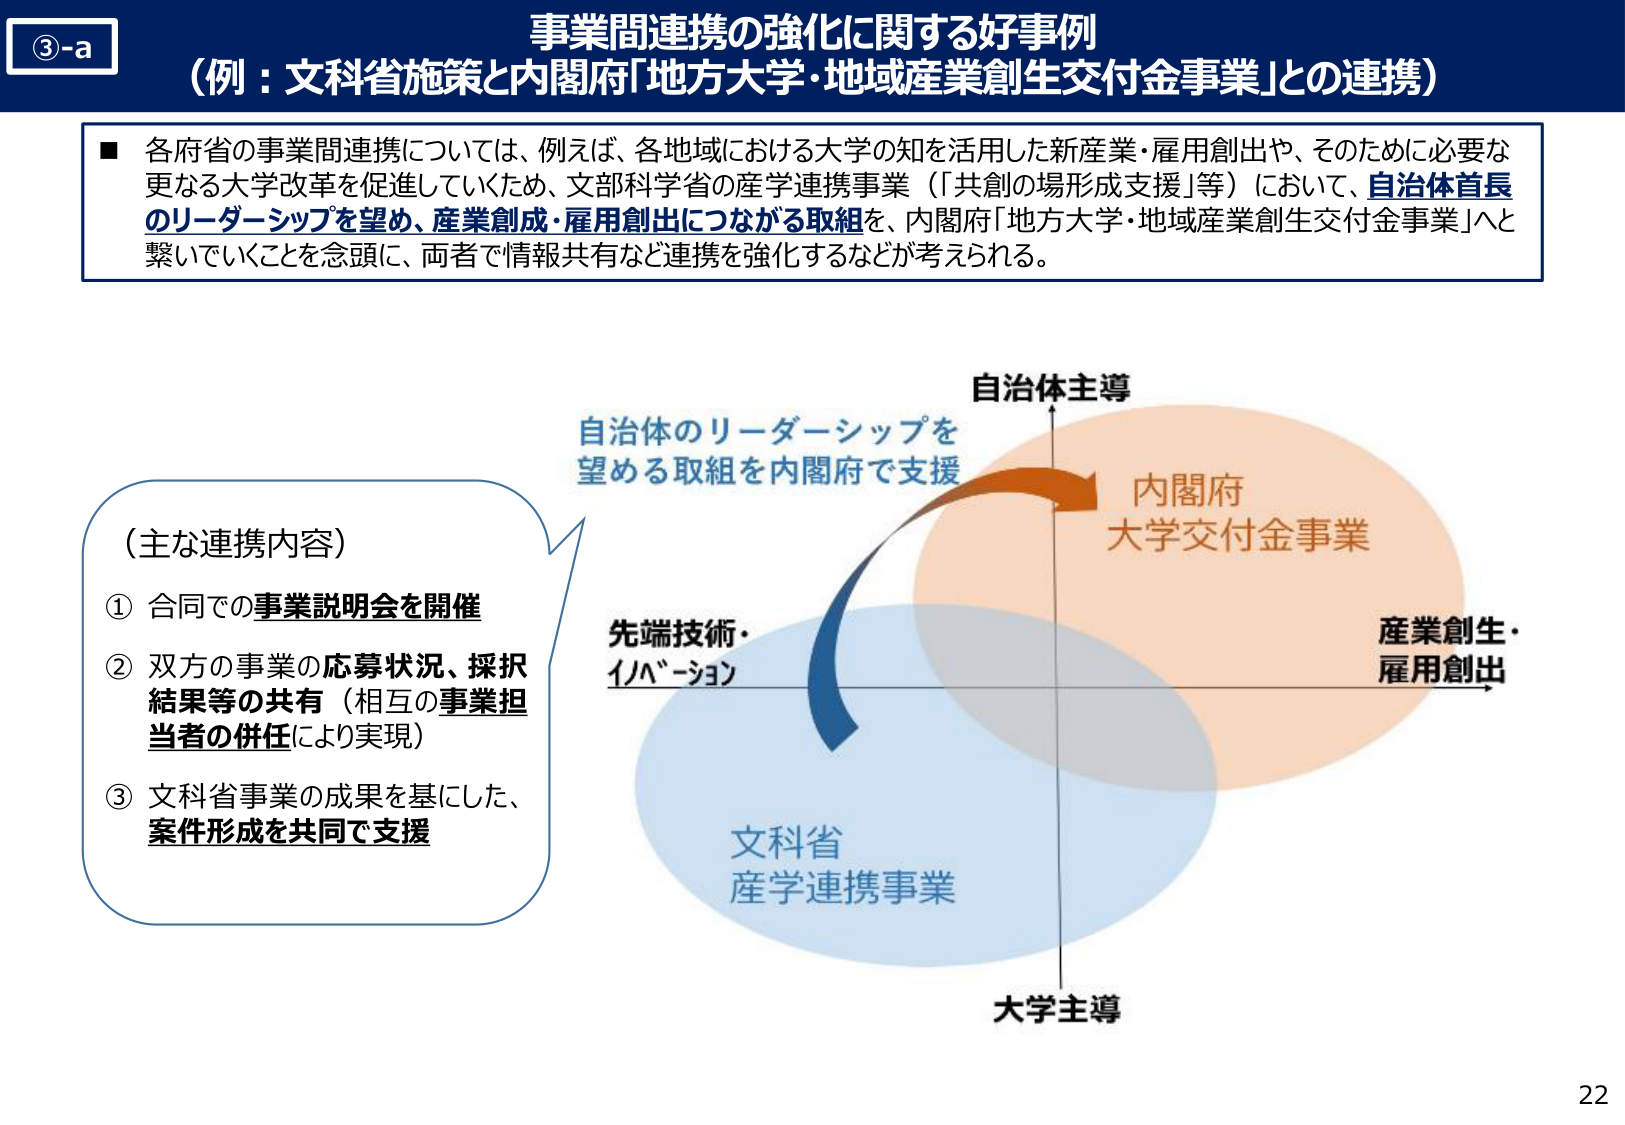
③-a
事業間連携の強化に関する好事例
（例：文科省施策と内閣府「地方大学・地域産業創生交付金事業」との連携）

■ 各府省の事業間連携については、例えば、各地域における大学の知を活用した新産業・雇用創出や、そのために必要な更なる大学改革を促進していくため、文部科学省の産学連携事業（「共創の場形成支援」等）において、自治体首長のリーダーシップを望め、産業創成・雇用創出につながる取組を、内閣府「地方大学・地域産業創生交付金事業」へと繋いでいくことを念頭に、両者で情報共有など連携を強化するなどが考えられる。

（主な連携内容）
① 合同での事業説明会を開催
② 双方の事業の応募状況、採択結果等の共有（相互の事業担当者の併任により実現）
③ 文科省事業の成果を基にした、案件形成を共同で支援

自治体主導
自治体のリーダーシップを望める取組を内閣府で支援
内閣府
大学交付金事業
産業創生・雇用創出
先端技術・イノベーション
文科省
産学連携事業
大学主導

22